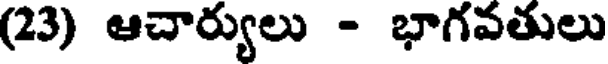
(23) ఆచార్యులు - భాగవతులు